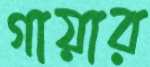
গায়ার